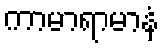
ကာမာရာမာနံ